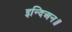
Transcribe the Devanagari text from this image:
इन्दिअन॥